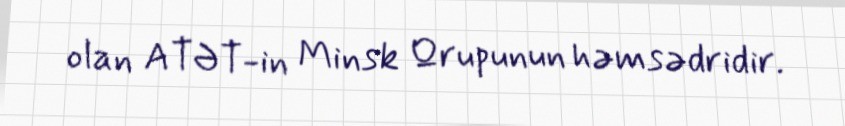
olan ATƏT-in Minsk Qrupunun həmsədridir.